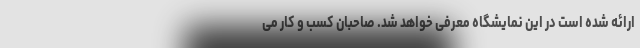
ارائه شده است در این نمایشگاه معرفی خواهد شد. صاحبان کسب و کار می